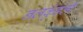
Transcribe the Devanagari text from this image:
नलकुंडली